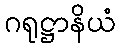
ဂရုဋ္ဌာနိယံ